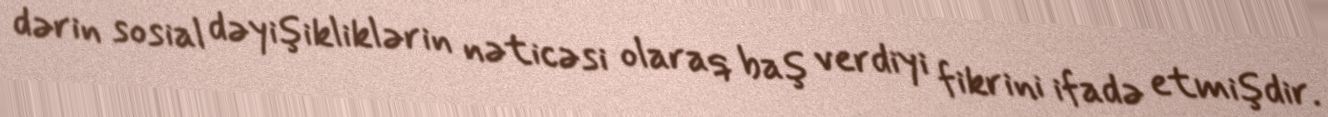
dərin sosial dəyişikliklərin nəticəsi olaraq baş verdiyi fikrini ifadə etmişdir.